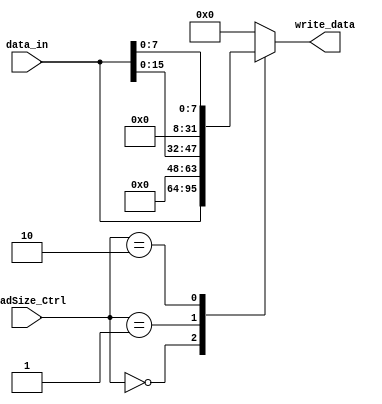
module LoadSize(
    input  wire [1:0] LoadSize_Ctrl,
    input  wire [31:0] data_in,
    output reg [31:0] write_data // Mudana para 'reg' aqui
);

    always @(*) begin
        case(LoadSize_Ctrl)
            2'b00: write_data = data_in; // lw
            2'b01: write_data = {16'd0, data_in[15:0]}; // lh
            2'b10: write_data = {24'd0, data_in[7:0]}; // lb
            default: write_data = 32'd0; // Valor padro para casos no especificados
        endcase
    end

endmodule